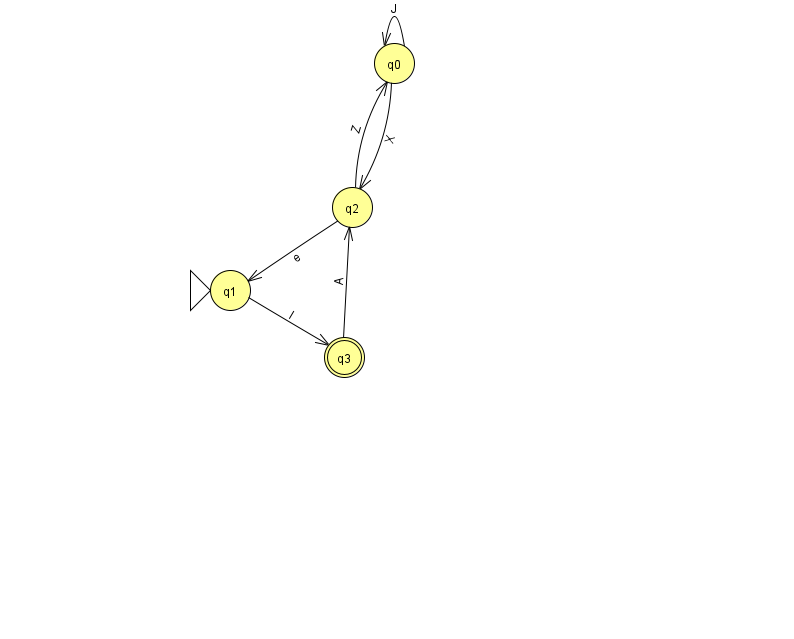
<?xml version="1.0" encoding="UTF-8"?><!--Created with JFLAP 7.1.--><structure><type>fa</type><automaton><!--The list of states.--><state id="0" name="q0"><x>394.0</x><y>50.0</y></state><state id="1" name="q1"><x>230.0</x><y>277.0</y><initial/></state><state id="2" name="q2"><x>352.0</x><y>194.0</y></state><state id="3" name="q3"><x>344.0</x><y>344.0</y><final/></state><!--The list of transitions.--><transition><from>1</from><to>3</to><read>l</read></transition><transition><from>2</from><to>1</to><read>e</read></transition><transition><from>2</from><to>0</to><read>Z</read></transition><transition><from>0</from><to>0</to><read>J</read></transition><transition><from>0</from><to>2</to><read>X</read></transition><transition><from>3</from><to>2</to><read>A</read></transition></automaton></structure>